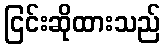
ငြင်းဆိုထားသည်